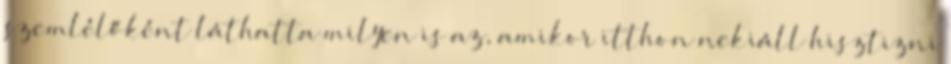
szemlélőként láthatta milyen is az, amikor itthon nekiáll hisztizni